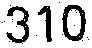
310